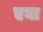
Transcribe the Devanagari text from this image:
एघा